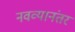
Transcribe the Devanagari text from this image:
नवव्यानंतर